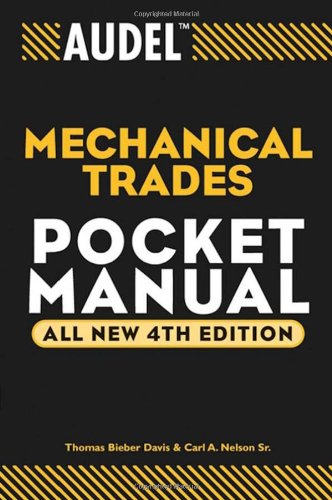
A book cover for Audel Mechanical Trades Pocket Manual; Thomas B. Davis; Arts & Photography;